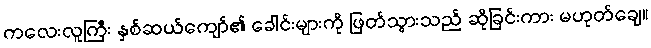
ကလေးလူကြီး နှစ်ဆယ်ကျော်၏ ခေါင်းများကို ဖြတ်သွားသည် ဆိုခြင်းကား မဟုတ်ချေ။